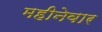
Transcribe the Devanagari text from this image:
महीनेवार